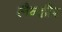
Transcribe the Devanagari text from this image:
लैन्ढौर